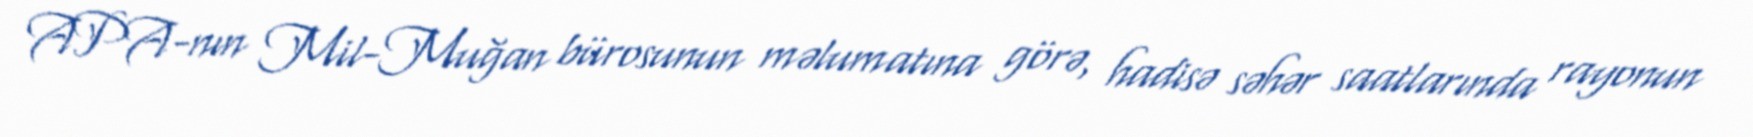
APA-nın Mil-Muğan bürosunun məlumatına görə, hadisə səhər saatlarında rayonun